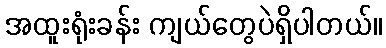
အထူးရုံးခန်း ကျယ်တွေပဲရှိပါတယ်။